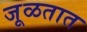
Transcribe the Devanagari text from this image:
जूळतात